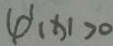
\varphi ^ { \prime } ( x ) > 0